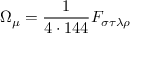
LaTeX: \Omega _ { \mu } = \frac { 1 } { 4 \cdot 1 4 4 } F _ { \sigma \tau \lambda \rho }